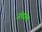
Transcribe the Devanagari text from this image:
जंघाल